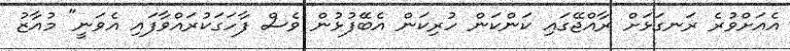
އެއަށްވުރެ ރަނގަޅަށް ރާއްޖޭގައި ކަންކަން ހުރިކަން އެބޭފުޅުން ވެސް ފާހަގަކުރައްވާފައި އެެވަނީ" މުއާޒު